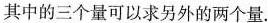
其中的三个量可以求另外的两个量。